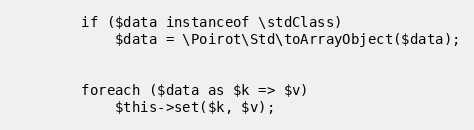
Language: PHP
        if ($data instanceof \stdClass)
            $data = \Poirot\Std\toArrayObject($data);

        foreach ($data as $k => $v)
            $this->set($k, $v);